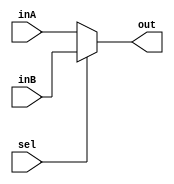
`timescale 1ns / 1ps

module FiveBitMux(out, inA, inB, sel);

    output reg [4:0] out;
    
    input [4:0] inA;
    input [4:0] inB;
    input sel;

    always @(inA, inB, sel) begin
        if (sel == 0) begin
            out <= inA;
        end
        else
            out <= inB;        
    end
    
endmodule